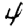
Digit: 4